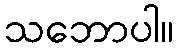
သဘောပါ။